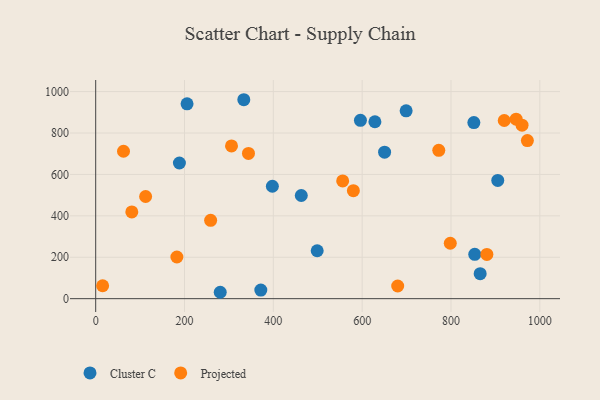
{"axis": {"x": "Distance", "y": "Rating"}, "legend": ["Cluster C", "Projected"], "data": [{"x": "853.5", "y": 214.2, "type": "Cluster C"}, {"x": "596.1", "y": 861.2, "type": "Cluster C"}, {"x": "188.5", "y": 655.1, "type": "Cluster C"}, {"x": "851.5", "y": 850.5, "type": "Cluster C"}, {"x": "865.7", "y": 120.9, "type": "Cluster C"}, {"x": "205.7", "y": 940.8, "type": "Cluster C"}, {"x": "371.8", "y": 41.7, "type": "Cluster C"}, {"x": "498.7", "y": 231.4, "type": "Cluster C"}, {"x": "650.5", "y": 707.6, "type": "Cluster C"}, {"x": "333.5", "y": 960.7, "type": "Cluster C"}, {"x": "397.8", "y": 542.9, "type": "Cluster C"}, {"x": "462.9", "y": 498.1, "type": "Cluster C"}, {"x": "280.4", "y": 30.9, "type": "Cluster C"}, {"x": "905.3", "y": 571.2, "type": "Cluster C"}, {"x": "628.7", "y": 854.3, "type": "Cluster C"}, {"x": "699.0", "y": 907.3, "type": "Cluster C"}, {"x": "972.0", "y": 763.3, "type": "Projected"}, {"x": "880.8", "y": 213.9, "type": "Projected"}, {"x": "305.8", "y": 737.7, "type": "Projected"}, {"x": "62.6", "y": 711.8, "type": "Projected"}, {"x": "556.1", "y": 568.8, "type": "Projected"}, {"x": "258.8", "y": 378.4, "type": "Projected"}, {"x": "81.3", "y": 418.7, "type": "Projected"}, {"x": "680.0", "y": 61.1, "type": "Projected"}, {"x": "15.6", "y": 62.4, "type": "Projected"}, {"x": "919.9", "y": 860.4, "type": "Projected"}, {"x": "772.5", "y": 716.3, "type": "Projected"}, {"x": "798.4", "y": 267.7, "type": "Projected"}, {"x": "112.4", "y": 493.5, "type": "Projected"}, {"x": "960.0", "y": 838.0, "type": "Projected"}, {"x": "580.2", "y": 521.7, "type": "Projected"}, {"x": "946.7", "y": 866.9, "type": "Projected"}, {"x": "344.0", "y": 701.3, "type": "Projected"}, {"x": "182.8", "y": 201.3, "type": "Projected"}]}